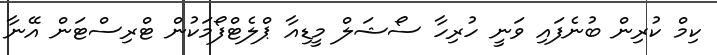
ކިމް ކުރިން ބުނެފައި ވަނީ ހުރިހާ ސޯޝަލް މީޑިއާ ޕްލެޓްފޯމަކުން ޓްރިސްޓަން އޭނާ